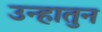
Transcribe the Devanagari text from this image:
उन्हातुन